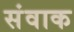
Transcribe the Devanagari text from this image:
संवाक